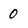
Character: 0